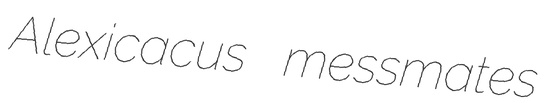
Alexicacus messmates